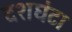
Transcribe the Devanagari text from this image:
दशघंटा